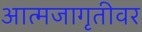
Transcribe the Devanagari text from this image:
आत्मजागृतीवर